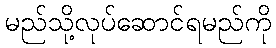
မည်သို့လုပ်ဆောင်ရမည်ကို